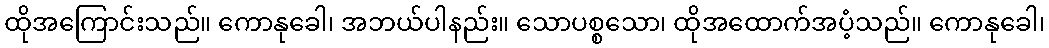
ထိုအကြောင်းသည်။ ကောနုခေါ၊ အဘယ်ပါနည်း။ သောပစ္စသော၊ ထိုအထောက်အပံ့သည်။ ကောနုခေါ၊